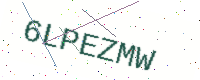
Text: 6LPEZMW